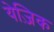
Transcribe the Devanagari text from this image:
येज़िक